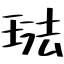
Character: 琺